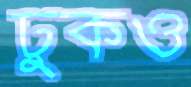
ঢুকও